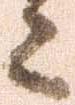
々